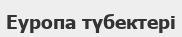
Еуропа түбектері